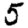
Digit: 5